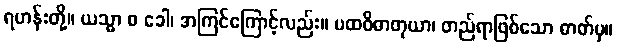
ရဟန်းတို့။ ယသ္မာ စ ခေါ၊ အကြင်ကြောင့်လည်း။ ပထဝိဓာတုယာ၊ တည်ရာဖြစ်သော ဓာတ်မှ။